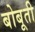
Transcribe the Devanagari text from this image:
बोबूती